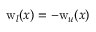
\mathrm { w } _ { l } ( x ) = - \mathrm { w } _ { u } ( x )